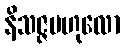
နိသဇ္ဇဗဟုလော